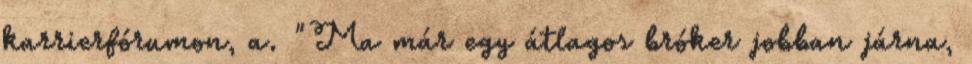
karrierfórumon, a. "Ma már egy átlagos bróker jobban járna,